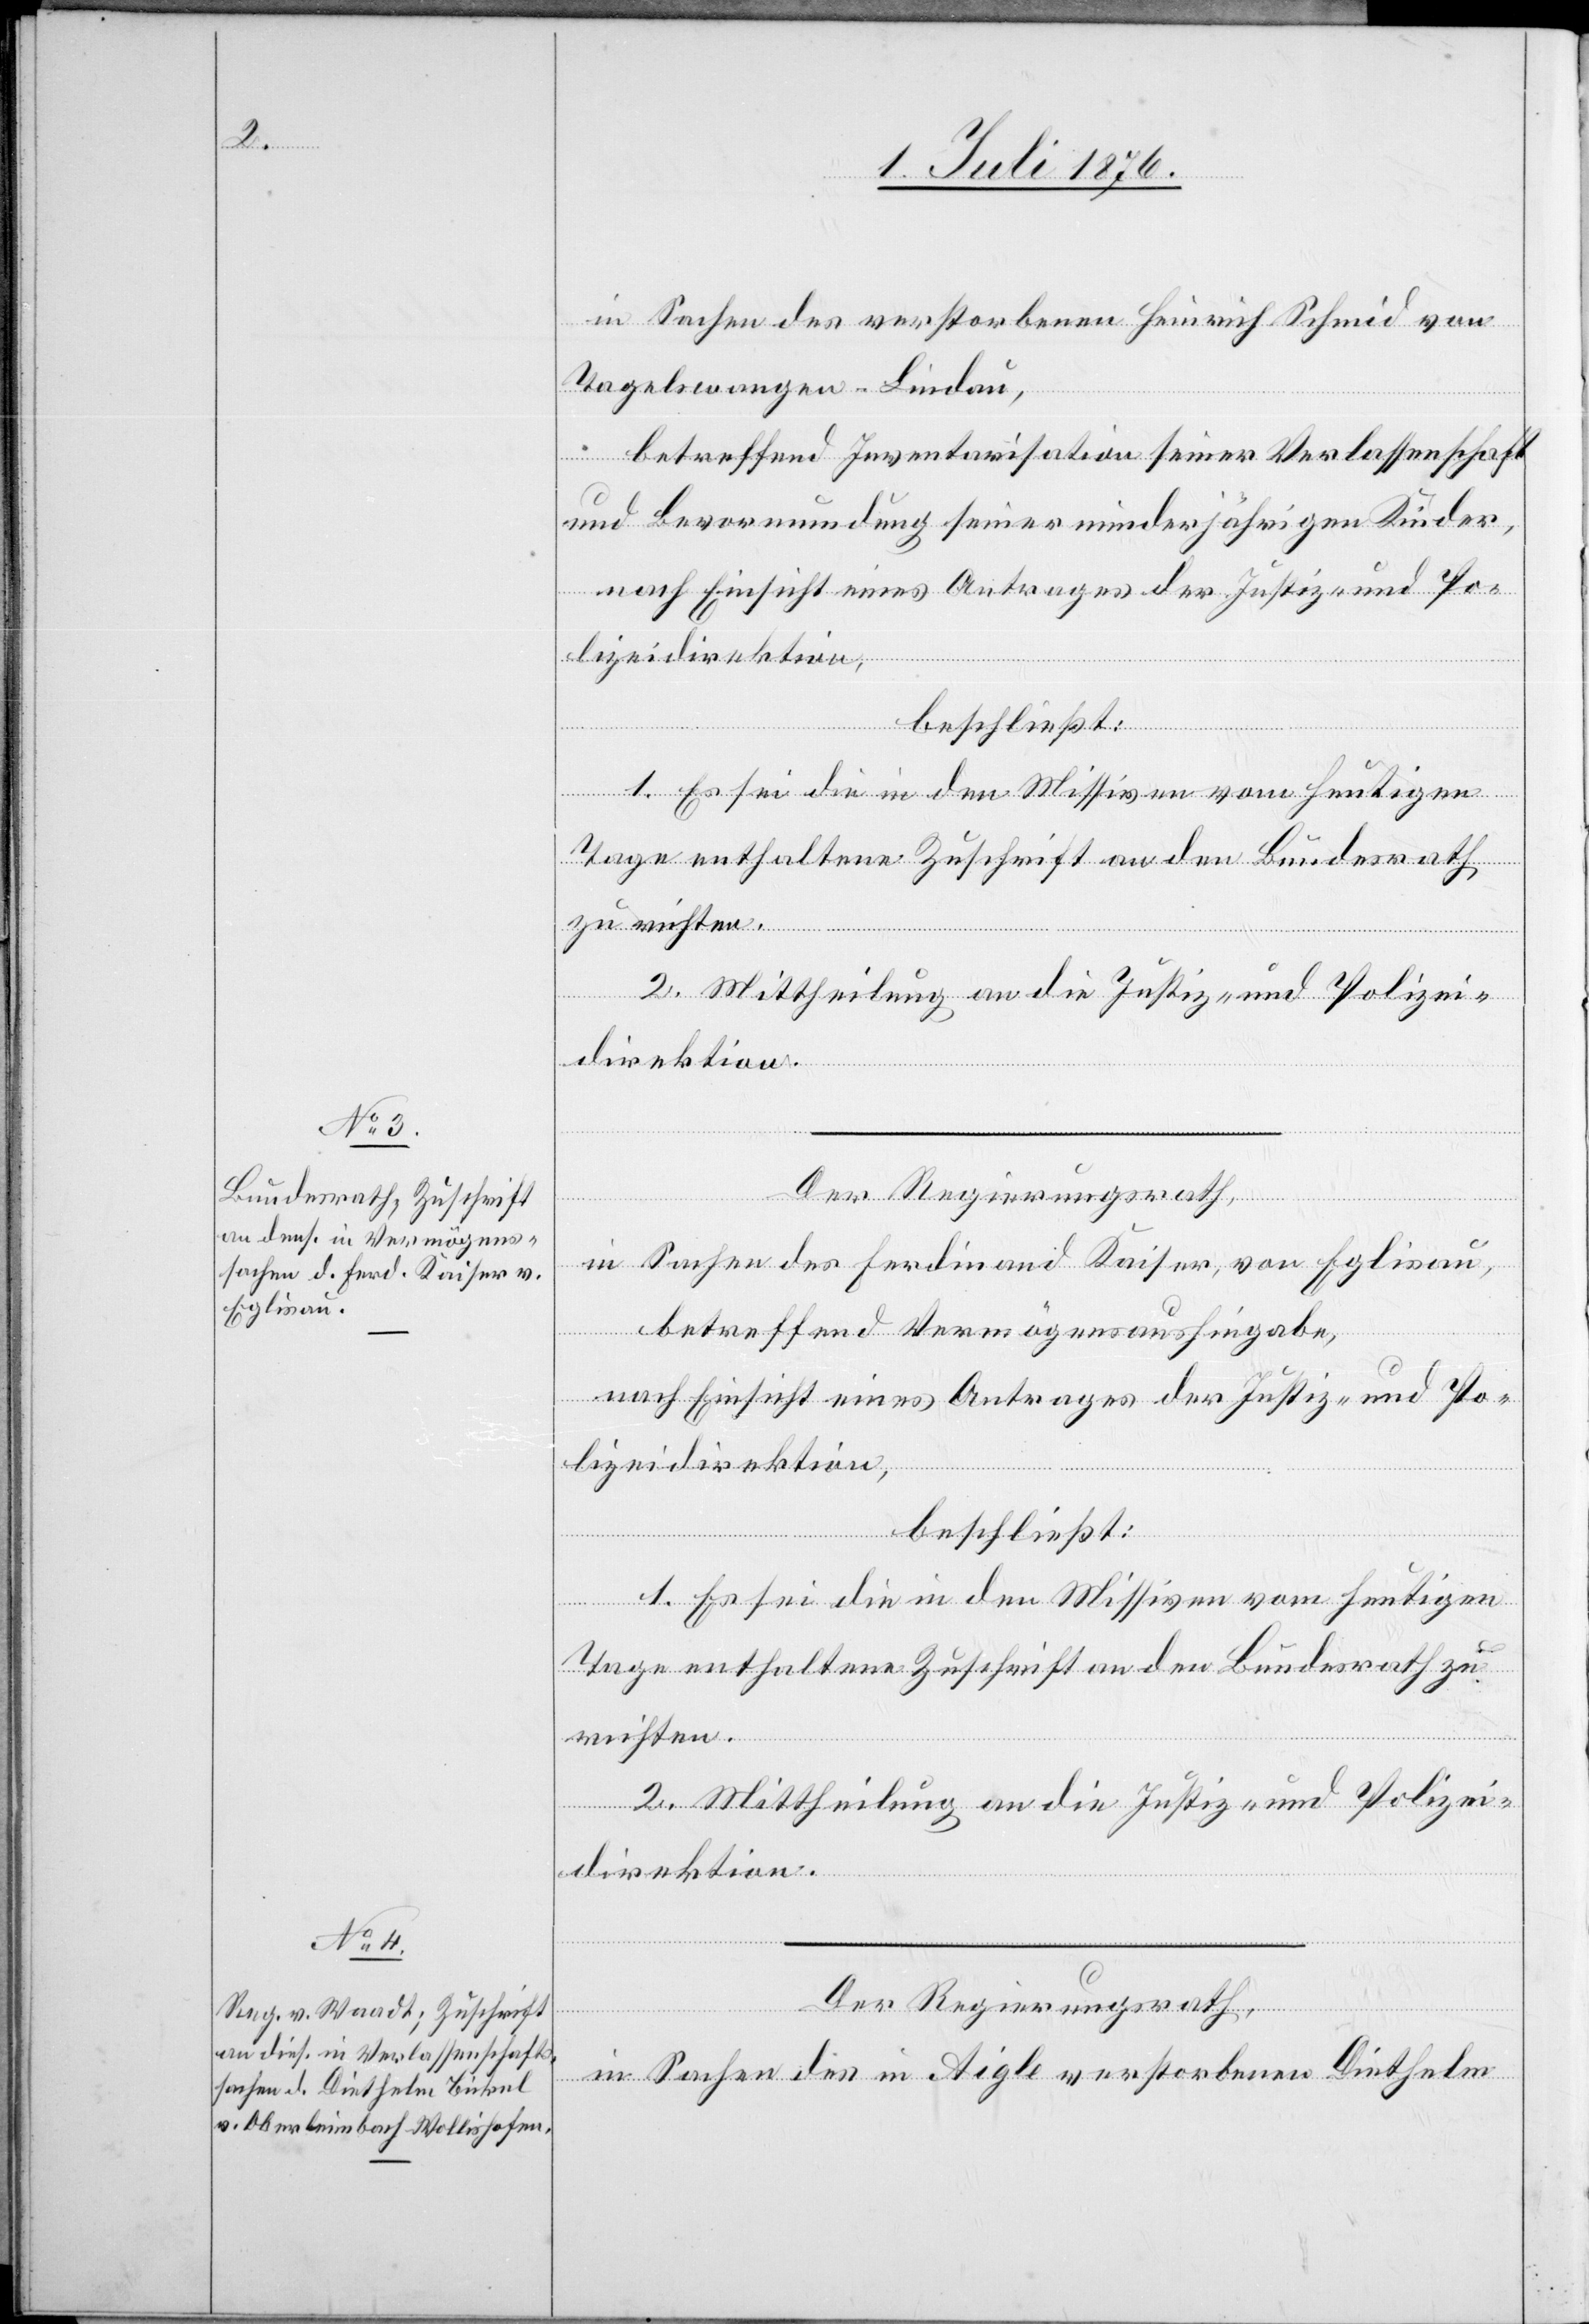
in Sachen des verstorbenen Heinrich Schmid von
Tagelswangen - Lindau,
betreffend Inventarisation seiner Verlassenschaft
und Bevormundung seiner minderjährigen Kinder,
nach Einsicht eines Antrages der Direktion der
beschließt:
1. Es sei die in dem Missiven vom heutigen
Tage enthaltene Zuschrift an den Bundesrath
zu richten.
2. Mittheilung an die Justiz- und Polizei¬
direktion.
und
Der Regierungsrath,
in Sachen des Ferdinand Kaiser, von Eglisau,
betreffend Vermögensaushingabe,
nach Einsicht eines Antrages der Justiz- und Po¬
lizeidirektion,
beschließt:
1. Es sei die in den Missiven vom heutigen
Tage enthaltene Zuschrift an den Bundesrath zu
richten.
2. Mittheilung an die Justiz- und Polizei¬
direktion.
Der Regierungsrath,
in Sachen des in Aigle verstorbenen Diethelm